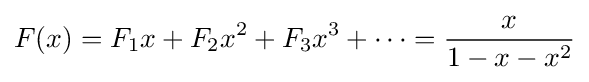
F(x)=F_{1}x+F_{2}x^{2}+F_{3}x^{3}+\cdots ={\frac {x}{1-x-x^{2}}}